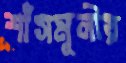
শাঁসমূলীয়